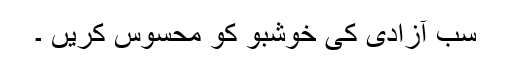
سب آزادی کی خوشبو کو محسوس کریں ۔